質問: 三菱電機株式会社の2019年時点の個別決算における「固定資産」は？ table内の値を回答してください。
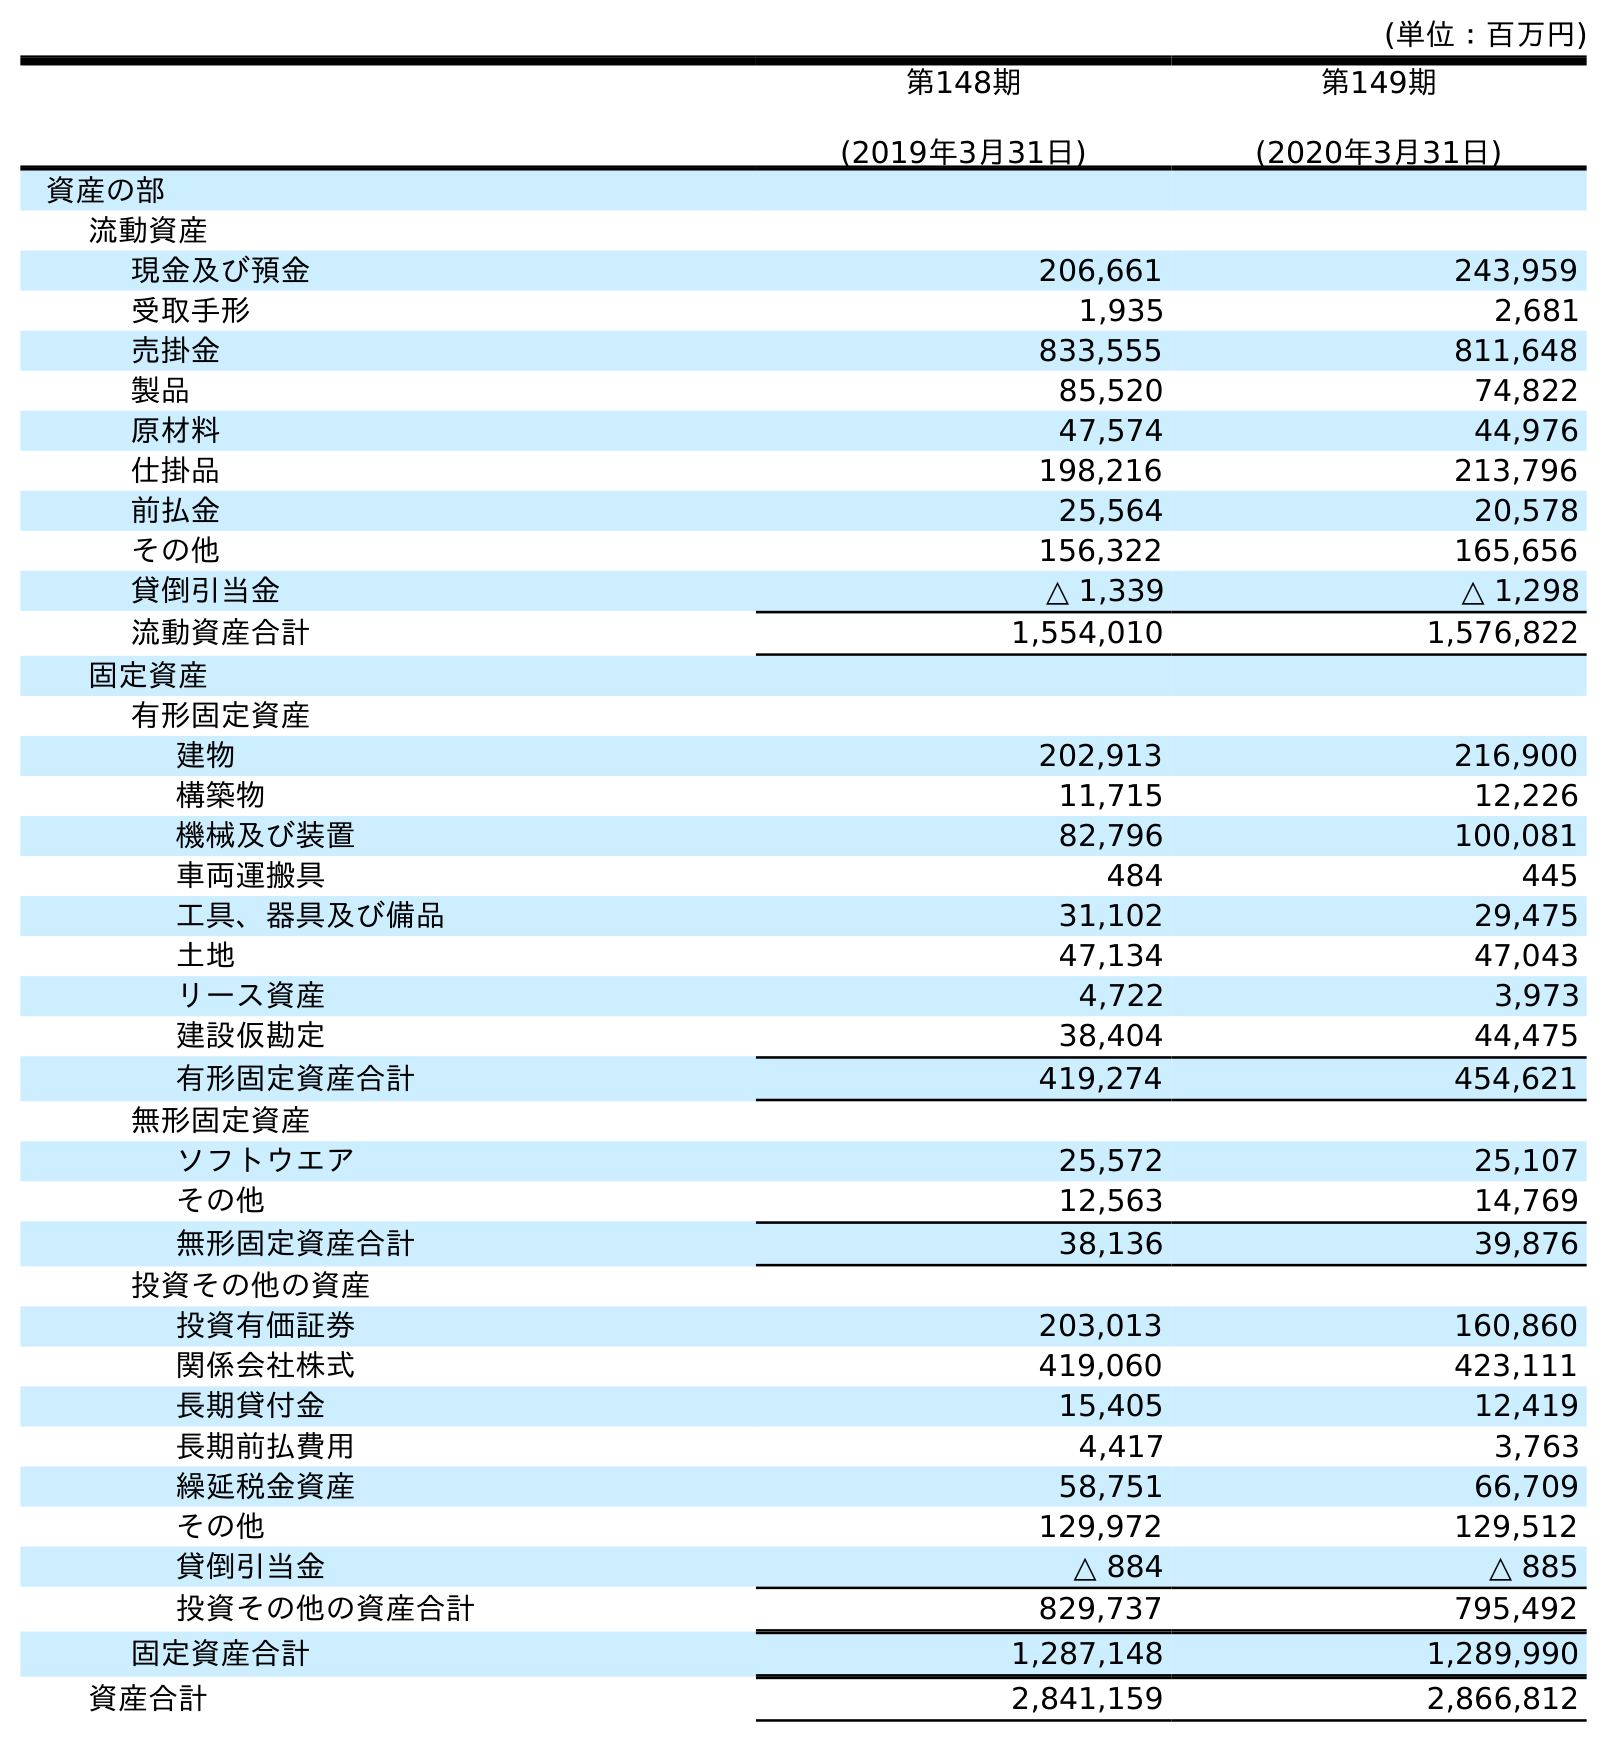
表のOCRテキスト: (単位：百万円) 第148期 (2019年3月31日) 第149期 (2020年3月31日) 資産の部 流動資産 現金及び預金 206,661 243,959 受取手形 1,935 2,681 売掛金 833,555 811,648 製品 85,520 74,822 原材料 47,574 44,976 仕掛品 198,216 213,796 前払金 25,564 20,578 その他 156,322 165,656 貸倒引当金 △ 1,339 △ 1,298 流動資産合計 1,554,010 1,576,822 固定資産 有形固定資産 建物 202,913 216,900 構築物 11,715 12,226 機械及び装置 82,796 100,081 車両運搬具 484 445 工具、器具及び備品 31,102 29,475 土地 47,134 47,043 リース資産 4,722 3,973 建設仮勘定 38,404 44,475 有形固定資産合計 419,274 454,621 無形固定資産 ソフトウエア 25,572 25,107 その他 12,563 14,769 無形固定資産合計 38,136 39,876 投資その他の資産 投資有価証券 203,013 160,860 関係会社株式 419,060 423,111 長期貸付金 15,405 12,419 長期前払費用 4,417 3,763 繰延税金資産 58,751 66,709 その他 129,972 129,512 貸倒引当金 △ 884 △ 885 投資その他の資産合計 829,737 795,492 固定資産合計 1,287,148 1,289,990 資産合計 2,841,159 2,866,812
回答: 1,287,148